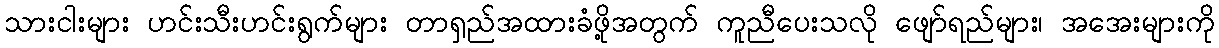
သားငါးများ ဟင်းသီးဟင်းရွက်များ တာရှည်အထားခံဖို့အတွက် ကူညီပေးသလို ဖျော်ရည်များ၊ အအေးများကို